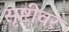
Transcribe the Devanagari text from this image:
सृष्टीवर